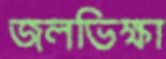
জলভিক্ষা